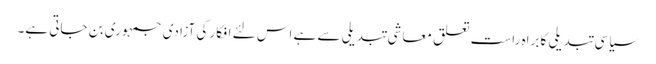
سیاسی تبدیلی کا براہِ راست تعلق معاشی تبدیلی سے ہے اس لئے افکار کی آزادی جمہوری بن جاتی ہے۔